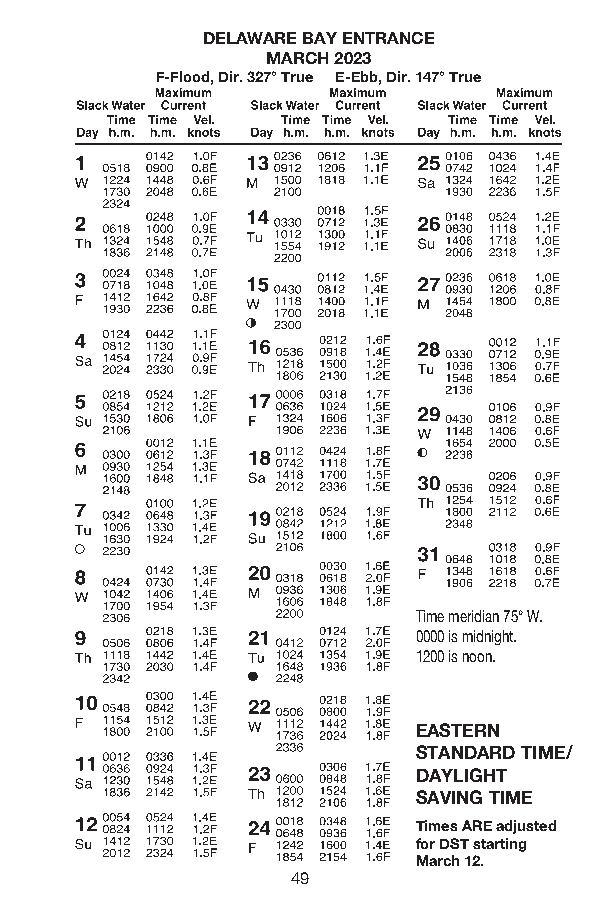
DELAWARE BAY ENTRANCE
 MARCH 2023
 F-Flood, Dir . 327° True E-Ebb, Dir . 147° True
 Time meridian 75° W.
 0000 is midnight.
 1200 is noon.
 EASTERN
 STANDARD TIME/
 DAYLIGHT
 SAVING TIME
 Times ARE adjusted
 for DST starting
 March 12.
 49